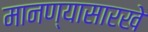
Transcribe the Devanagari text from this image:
मानण्यासारखे